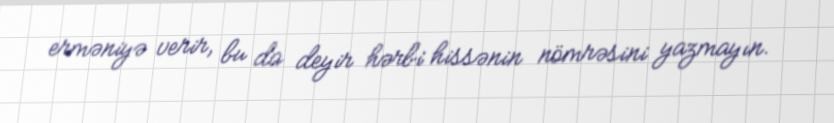
erməniyə verir, bu da deyir hərbi hissənin nömrəsini yazmayın.